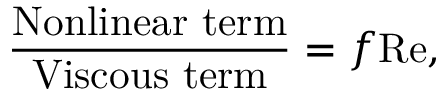
\frac { \mathrm { N o n l i n e a r ~ t e r m } } { \mathrm { V i s c o u s ~ t e r m } } = f \mathrm { R e } ,